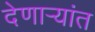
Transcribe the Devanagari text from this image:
देणाऱ्यांत